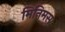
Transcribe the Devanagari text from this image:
मिनिमस